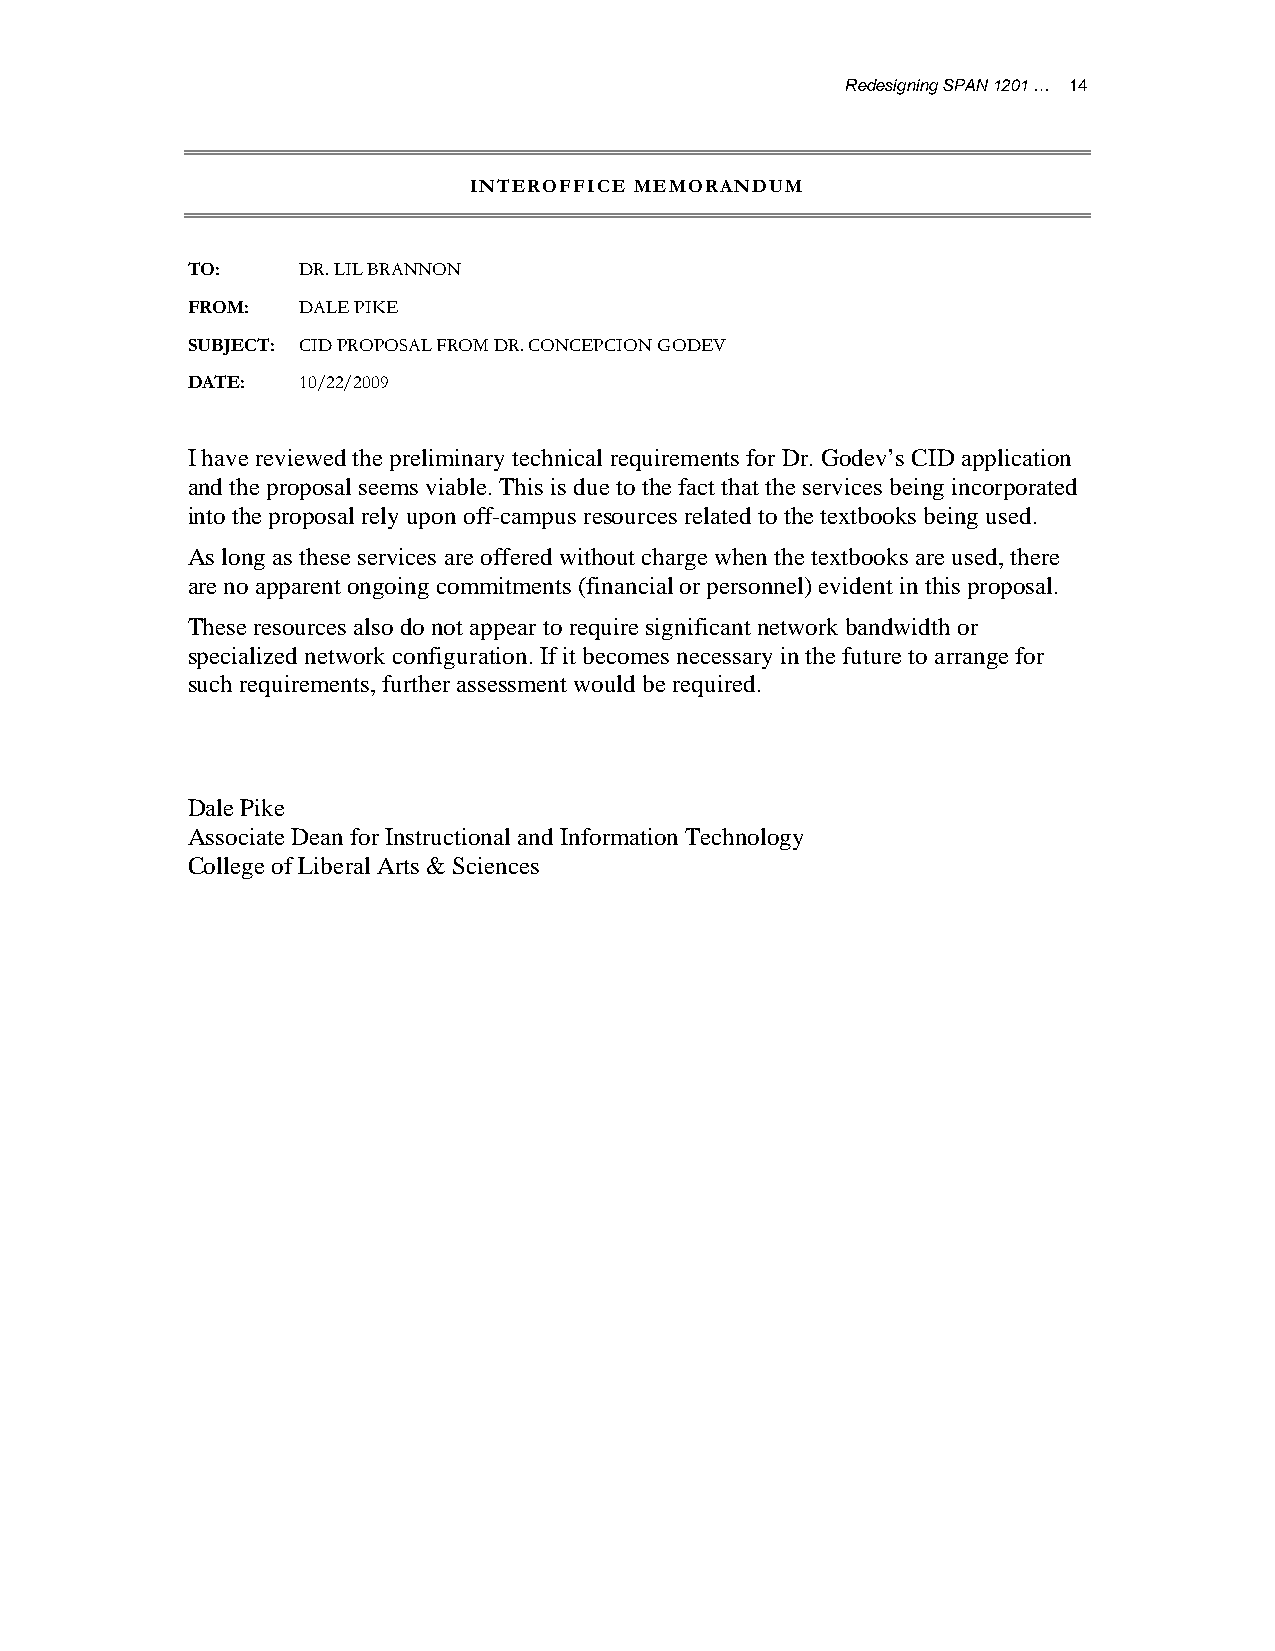
Redesigning SPAN 1201 … 14
 INTEROFFICE MEMORANDUM
 TO:     DR. LIL BRANNON
 FROM:   DALE PIKE
 SUBJECT: CID PROPOSAL FROM DR. CONCEPCION GODEV
 DATE:   10/22/2009
 I have reviewed the preliminary technical requirements for Dr. Godev’s CID application
 and the proposal seems viable. This is due to the fact that the services being incorporated
 into the proposal rely upon off-campus resources related to the textbooks being used.
 As long as these services are offered without charge when the textbooks are used, there
 are no apparent ongoing commitments (financial or personnel) evident in this proposal.
 These resources also do not appear to require significant network bandwidth or
 specialized network configuration. If it becomes necessary in the future to arrange for
 such requirements, further assessment would be required.
 Dale Pike
 Associate Dean for Instructional and Information Technology
 College of Liberal Arts & Sciences